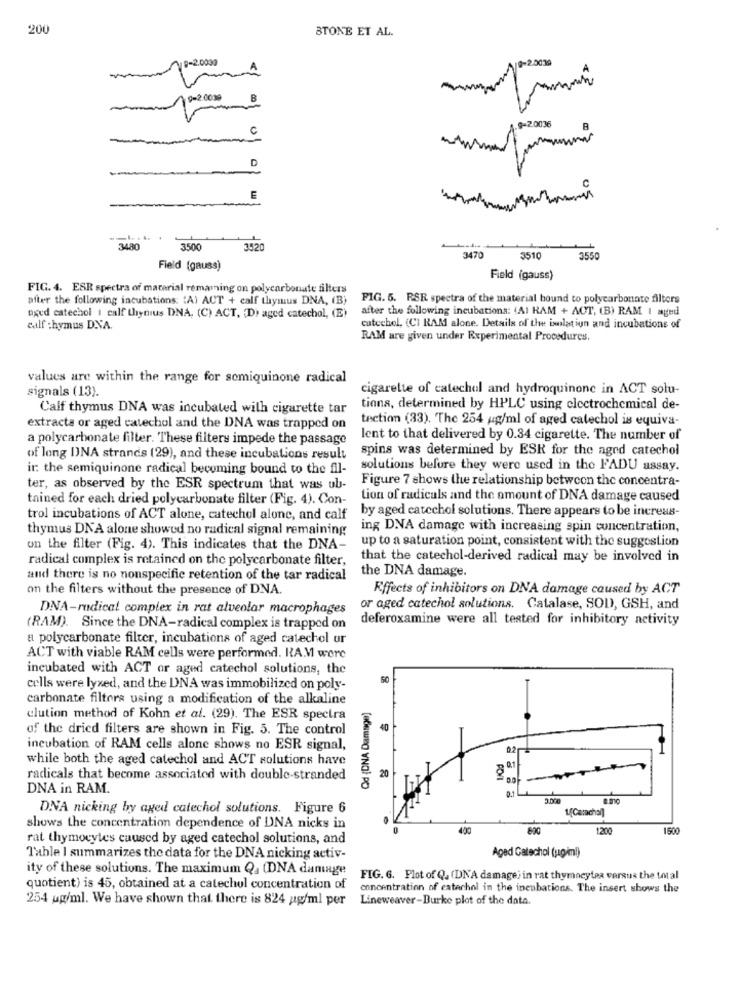
200
STONE ET AL.
9-2.0039
A/9-2.0030
A
9-2.0039
B
c
9-2.0036
D
3480
3500
3521
3470
3510
3550
Field (gauss)
Field (gauss)
FIG. 4. ESR spectra of material remaining on polycarbonate filters
after the following incubations: "A) ACT + calf thymus DNA, (B)
FIG. 5. RSR spectra of the material bound to polycarbonate filters
after the following incubations: (AI RAM + ACT, (B) RAM I aged
nged catechol I calf thynius DNA, (C) ACT, 'Di aged catechol, (E)
calf : hymus DNA.
cutechel, (CI RAM alone. Details of the isolation and incubations of
RAM are given under Experimental Procedures.
values are within the range for somiquinone radical
signals (13).
cigarette of catechol and hydroquinone in ACT solu-
Calf thymus DNA was incubated with cigarette tar
tions, determined by HPLC using electrochemical de-
tection (33). The 254 ug/ml of aged catechol is equiva-
extracts or aged catechol and the DNA was trapped on
a polycarbonate filter. These filters impede the passage
lent to that delivered by 0.34 cigarette. The number of
spins was determined by ESR for the aged catechol
of long INA strands (29), and these incubations result
ir the semiquinone radical becoming bound to the fil-
solutions before they were used in the FADU assay.
Figure 7 shows the relationship between the concentra-
ter, as observed by the ESR spectrum that was ub-
tained for each dried polycarbonate filter (Fig. 4). Con-
Lion of radicals and the amount of DNA damage caused
by aged catechol solutions. There appears to be increas-
trol incubations of ACT alone, catechol alone, and calf
thymus DNA alone showed no radical signal remaining
ing DNA damage with increasing spin concentration,
on the filter (Fig. 4). This indicates that the DNA-
up to a saturation point, consistent with the suggestion
radical complex is retained on the polycarbonate filter,
that the catechol-derived radical may be involved in
the DNA damage.
and there is no nonspecific retention of the tar radical
on the filters without the presence of DNA.
Effects of inhibitors on DNA damage caused by ACT
DNA-radical complex in rat alveolar macrophages
or aged catechol solutions. Catalase, SOD, GSH, and
deferoxamine were all tested for inhibitory activity
(RAM). Since the DNA-radical complex is trapped on
a polycarbonate filter, incubations of aged catechol ur
ACT with viable RAM cells were performed. RA.V worc
incubated with ACT or aged catechol solutions, the
cells were lyxed, and the DNA was immobilized on poly-
carbonate filters using a modification of the alkaline
Od (DNA Damage)
elution method of Kohn et al. (29). The ESR spectra
of the dried filters are shown in Fig. 5. The control
40
incubation of RAM cells alone shows no ESR signal,
while both the aged catechol and ACT solutions have
radicals that become associated with double-stranded
20
DNA in RAM.
3.000
DNA nicking by aged catechol solutions. Figure 6
1.[Camachal]
of
shows the concentration dependence of DNA nicks in
820
1200
1500
rat thymocytes caused by aged catechol solutions, and
Aged Catechol (ugim!)
Table I summarizes the data for the DNA nicking activ-
ity of these solutions. The maximum Q. (DNA damage
FIG. 6. Flot of Q. (DNA damage) in rat thymncytex versus the total
quotient) is 45, obtained at a catechol concentration of
concentration of catechol in the incubations. The insert shows the
254 ug/ml. We have shown that there is 824 ug/ml per
Lineweaver-Burke plot of the data.